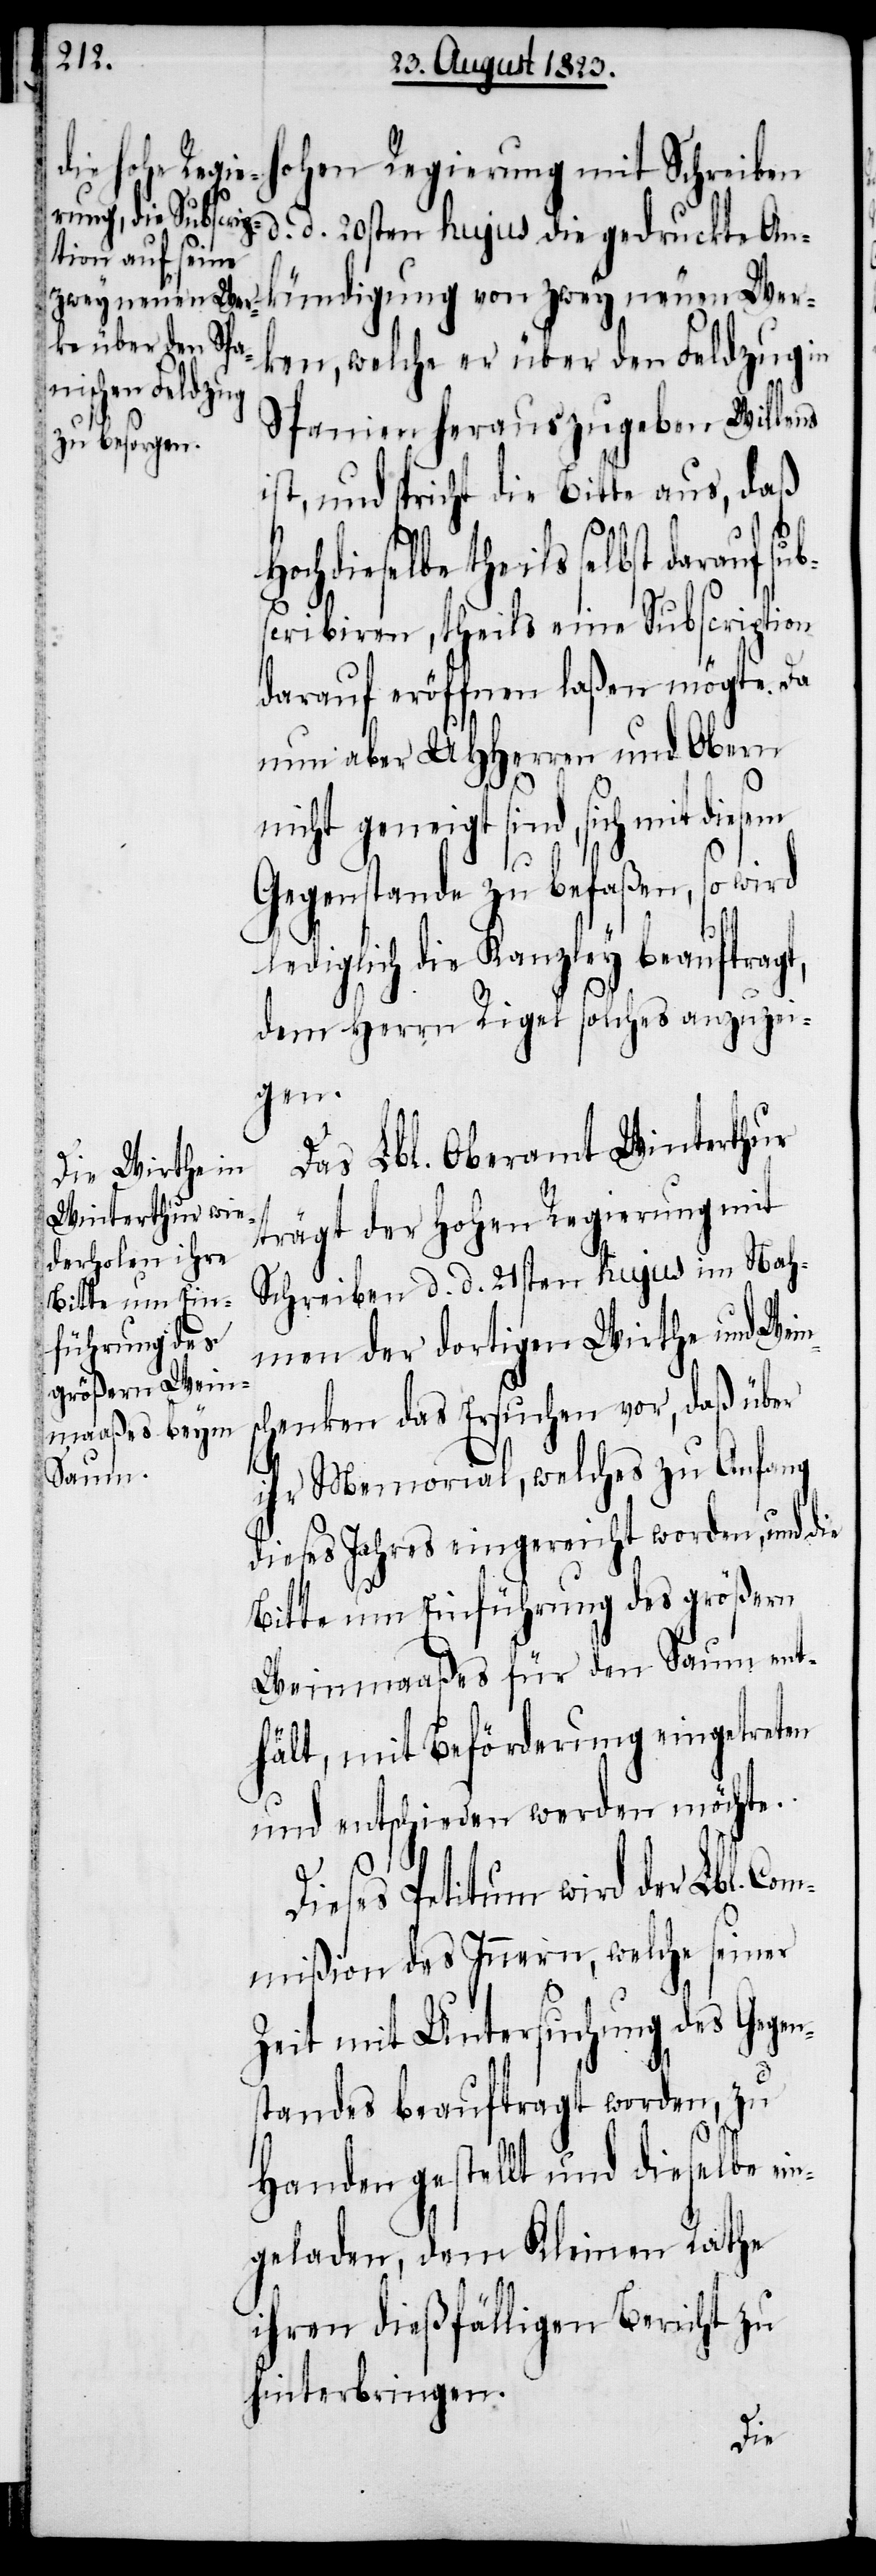
hohen Regierung mit Schreiben
ündigung von zwey neuen Wer¬
ken, welche er über den Feldzug in
Spanien herauszugeben Willens
ist, und spricht die Bitte aus, daß
heils selbst darauf sub¬
scribiren, theils eine Subscription
darauf eröffnen laßen mögte. Da
nun aber UHHerren und Obern
nicht geneigt sind, sich mit
Gegenstande zu befaßen, so wird
lediglich die Kanzley beauftragt,
dem Herrn Rigel solches anzuzei¬
gen.
Das Lbl. Oberamt Winterthur
trägt der Hohen Regierung mit
Schreiben d. d. 21sten hujus im Nah¬
men der dortigen Wirthe und Wei¬
schenken das Ersuchen vor, daß über
n¬
ihr Memorial, welches zu Anfang
dieses Jahres eingereicht worden, und die
Bitte um Einführung des größern
Weinmaaßes für den Saum ent¬
hält, mit Beförderung eingetreten
und entschieden werden möchte.
Dieses Petitum wird der Lbl. Com¬
mißion des Innern, welche seiner
Zeit mit Untersuchung des Gegen¬
standes beauftragt worden, zu
Handen gestellt und dieselbe ein¬
geladen, dem Kleinen Rathe
ihren dießfälligen Bericht zu
hinterbringen.